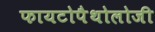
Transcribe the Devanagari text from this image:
फायटोपैथोलोजी